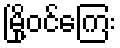
မြို့ဝင်ကြေး